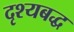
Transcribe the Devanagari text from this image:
दृश्यबद्ध